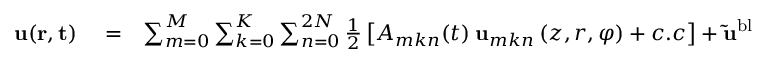
\begin{array} { r l r } { { \bf { u } } ( \bf { r } , t ) } & { { } = } & { \sum _ { m = 0 } ^ { M } \sum _ { k = 0 } ^ { K } \sum _ { n = 0 } ^ { 2 N } \frac { 1 } { 2 } \left[ A _ { m k n } ( t ) \: { \bf { u } } _ { m k n } \left( z , r , \varphi \right) + c . c \right] + \bf { \widetilde { u } } ^ { \mathrm { { b l } } } ( \bf { r } ) } \end{array}